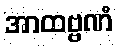
အာထဗ္ဗဏံ